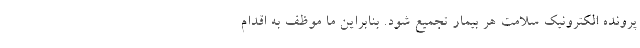
پرونده الکترونیک سلامت هر بیمار تجمیع شود. بنابراین ما موظف به اقدام